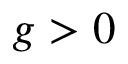
g > 0